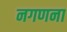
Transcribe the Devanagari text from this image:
नगणना